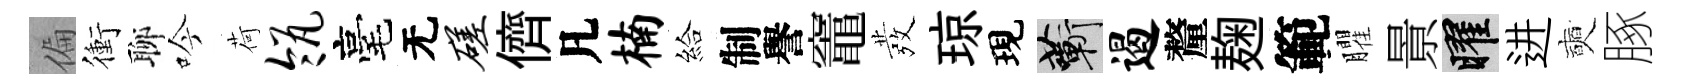
偏衝聊吟荷瓴毫无磋儕凡楠給制譽竈發琼現蔪遏釐麹範臞㬌曜进奭䐁